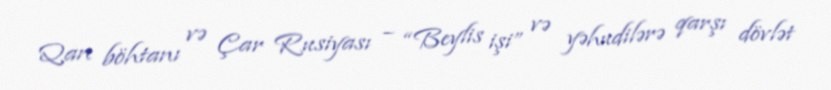
Qan böhtanı və Çar Rusiyası – “Beylis işi” və yəhudilərə qarşı dövlət